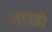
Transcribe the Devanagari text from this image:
नाखो